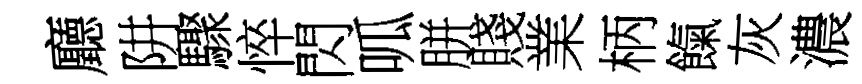
廳阱驟悴閃呱胼賤業柄餼灰濃